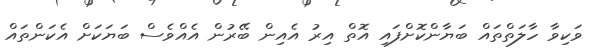
ވަކިވާ ހާލަތްތައް ބަޔާންކޮށްފައި އޮތް އިރު އެއިން ބޭރުން އެއްވެސް ބަޔަކަށް އެކަންތައް